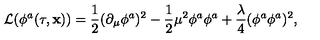
{ \cal L } ( \phi ^ { a } ( \tau , { \bf x } ) ) = \frac { 1 } { 2 } ( \partial _ { \mu } \phi ^ { a } ) ^ { 2 } - \frac { 1 } { 2 } \mu ^ { 2 } \phi ^ { a } \phi ^ { a } + \frac { \lambda } { 4 } ( \phi ^ { a } \phi ^ { a } ) ^ { 2 } ,